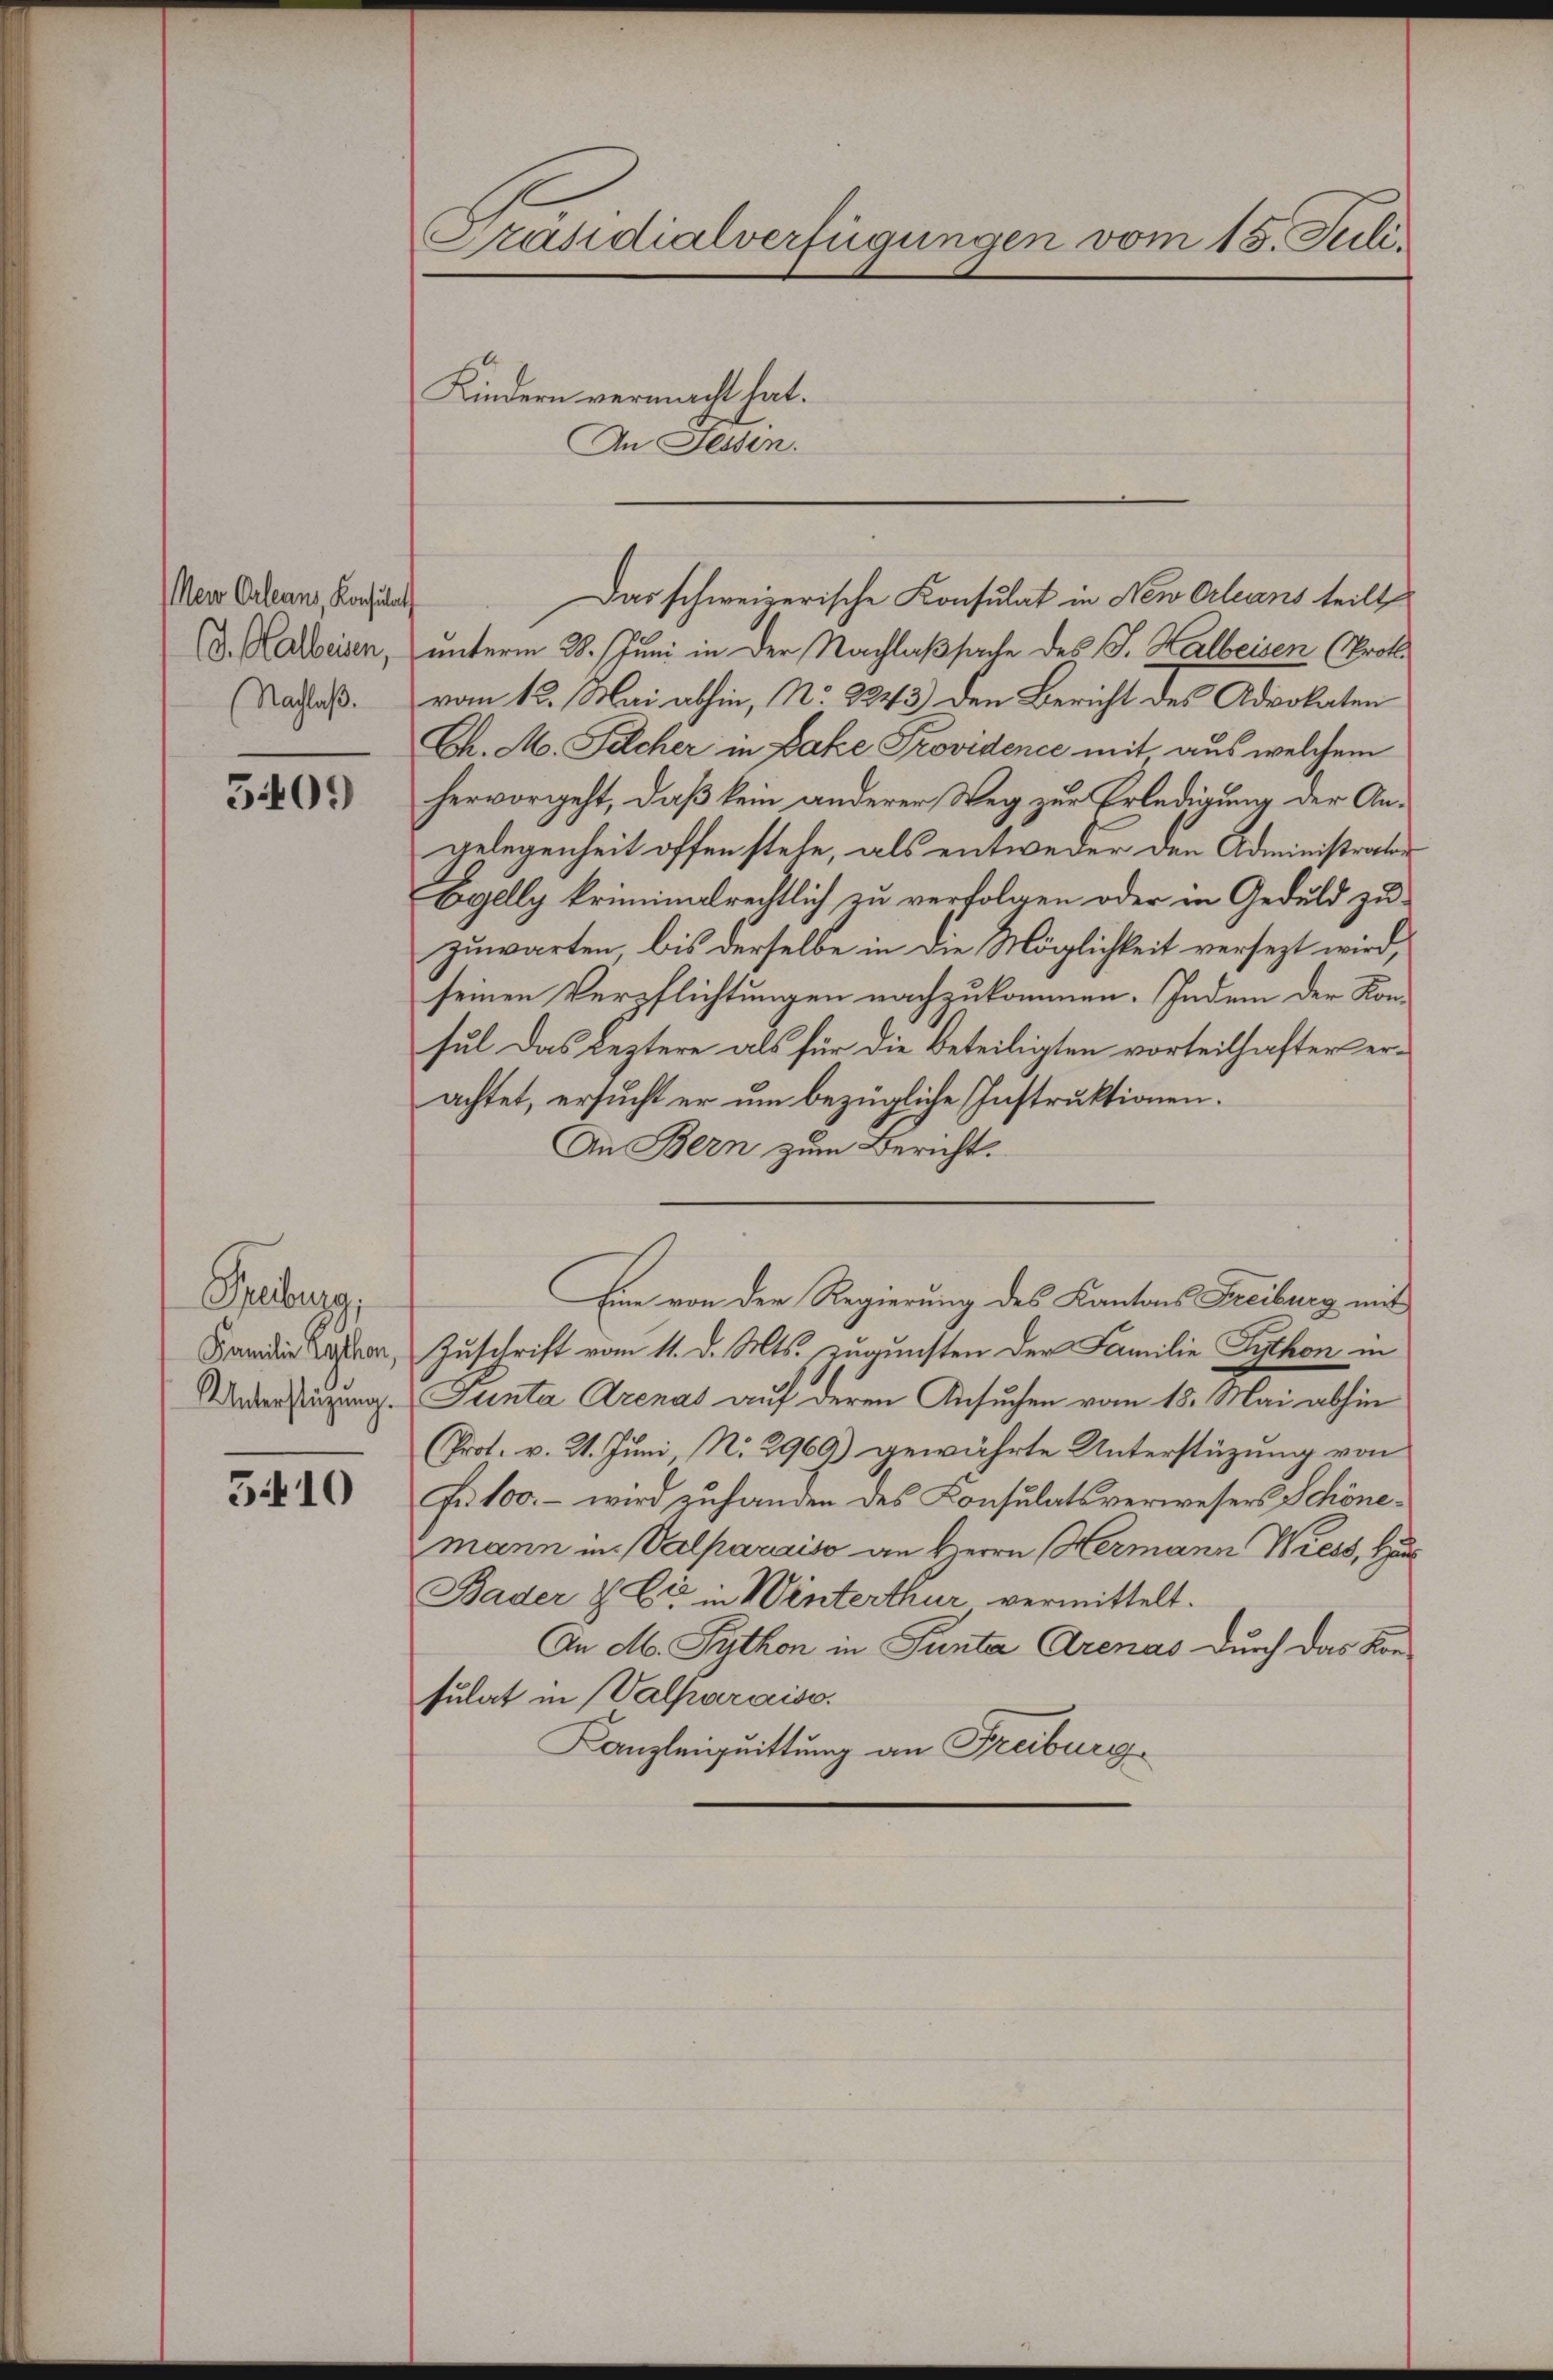
Neu Orleans, Konsulat
(d. Halberien,
(Nachlaß.

5401)

Freiburg,
Familie Kythen,
Unterstüzung.

5410

Präsidialverfügungen vom 15. Juli
Kindern vermacht hat.
An Jessen.

Das schweizerische Konsulat in New-Orleans teilt
unterm 28. Juni in der Nachlaßsache des J. Halbeisen (Proto
vom 12. Mai abhin, No 2243) den Bericht des Advokaten
Ch. M. Felcher in Pake Providence mit aus welchem
hervorgeht, daß kein anderer Weg zur Erledigung der Angelegenheit offen stehe, als entweder den Administrato¬
Egelly kriminalrechtlich zu verfolgen oder in Geduld zuzuwarten, bis derselbe in die Möglichkeit versezt wird,
seinen Verpflichtungen nachzukommen. Indem der Konsul das Leztere als für die Beteiligten vorteilhafter erachtet, ersucht er um bezügliche Instruktionen.
An Bern zum Bericht.
Eine von der Regierung des Kantons Freiburg mit
Zuschrift vom 11. d. Mts. zugunsten der Familie Python in
Punta Arenas auf deren Ansuchen vom 18. Mai abhin
Prot. v. 21. Juni, N. 2969) gewährte Unterstüzung von
Fr. 100.- wird zuhanden des Konsulatsverwesers Schönemann in Valparais an Herrn Hermann Wiess, Ha
Bader & Cie in Winterthur vermittelt.
An M. Python in Punta Arenas durch das Kon-
sulat in Valparaiss
Kanzleiquittung an Freiburg